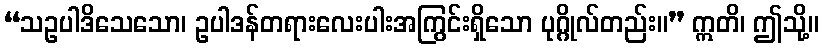
“သဥပါဒိသေသော၊ ဥပါဒန်တရားလေးပါးအကြွင်းရှိသော ပုဂ္ဂိုလ်တည်း။” ဣတိ၊ ဤသို့။